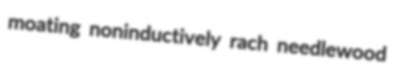
moating noninductively rach needlewood